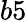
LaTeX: b5